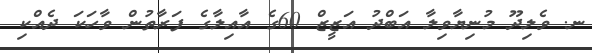
ނ. ވެލިދޫ މުނިޔާވިލާ އަބްދު އަޒީޒް 60ގެ އާއިލާގެ ފަރާތުން ވާހަކަ ދެއްކި